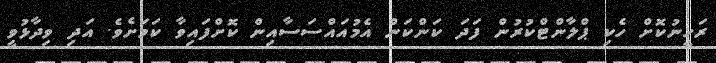
ރަހީނުކޮށް ހެކި ޕްލާންޓްކުރުން ފަދަ ކަންކަން އެމުއައްސަސާއިން ކޮށްފައިވާ ކަމަށެވެ. އަދި ވިދާޅުވީ